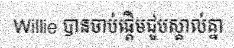
Willie បានចាប់ផ្តើមជួបស្គាល់គ្នា